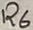
Text: R6